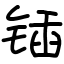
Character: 锸